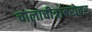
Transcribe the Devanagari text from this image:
चालाचीत्रांबरोबर